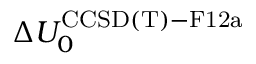
\Delta U _ { 0 } ^ { \mathrm { C C S D ( T ) - F 1 2 a } }